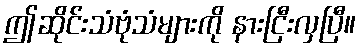
ဤဆိုင်းသံဗုံသံများကို နားငြီးလှပြီ။